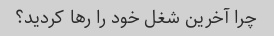
چرا آخرین شغل خود را رها کردید؟